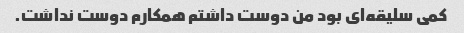
کمی سلیقه‌ای بود من دوست داشتم همکارم دوست نداشت.